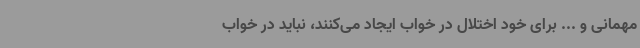
مهمانی و ... برای خود اختلال در خواب ایجاد می‌کنند، نباید در خواب